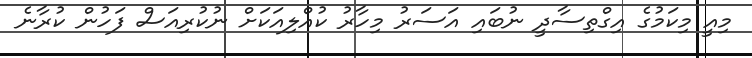
މިއީ މިކަމުގެ އިގްތިސާދީ ނުބައި އަސަރު މިހާރު ކުއްލިއަކަށް ނުކުރިއަސް ފަހުން ކުރާނެ